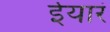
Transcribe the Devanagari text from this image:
ईयारं